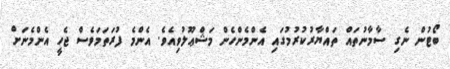
ބޯޓުން ނެގި ސާމާނުތައް ތައްޔާރުކުރުމުގައި އެންމެންހެން މަޝްޢޫލުވިއެވެ. އެންމެ ފުރަތަމަވެސް ޖެހީ އެންމެނަށް